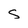
Character: S